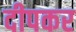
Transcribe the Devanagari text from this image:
दीपकर